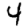
Digit: 4